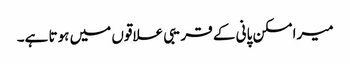
میرا مسکن پانی کے قریبی علاقوں میں ہوتا ہے۔